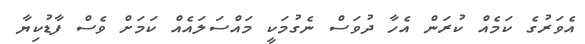
އެވަރުގެ ކަމެއް ކުރަން އެހާ ދުވަސް ނެގުމަކީ މައްސަލައެއް ކަމަށް ވެސް ފާޑުކިޔާ